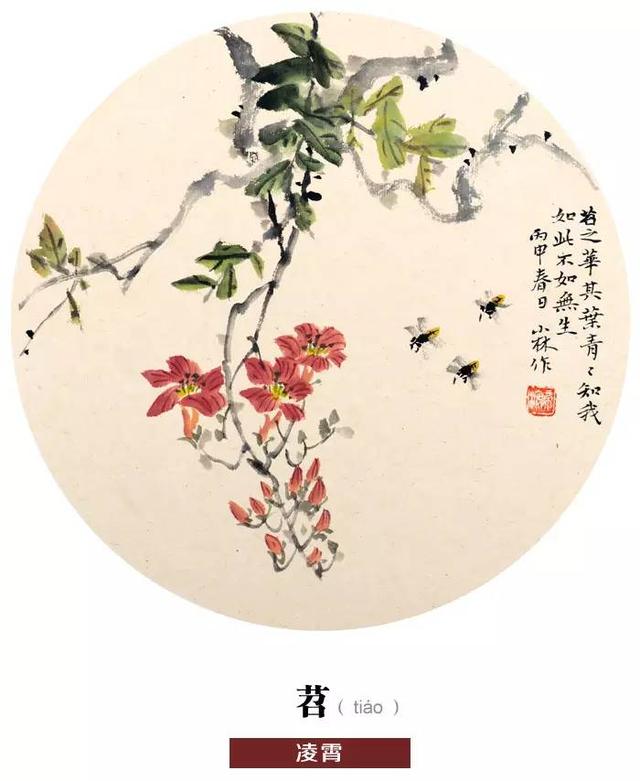
苕之华，其叶青青。